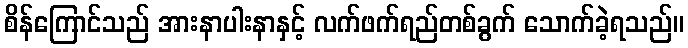
စိန်ကြောင်သည် အားနာပါးနာနှင့် လက်ဖက်ရည်တစ်ခွက် သောက်ခဲ့ရသည်။